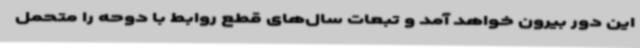
این دور بیرون خواهد آمد و تبعات سال‌های قطع روابط با دوحه را متحمل